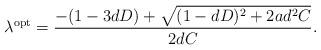
LaTeX: \begin{align*}\lambda^{\textrm{opt}} = \frac{-(1 - 3 d D) + \sqrt{(1 - d D )^{2} + 2 a d^{2} C}}{2 d C}.\end{align*}